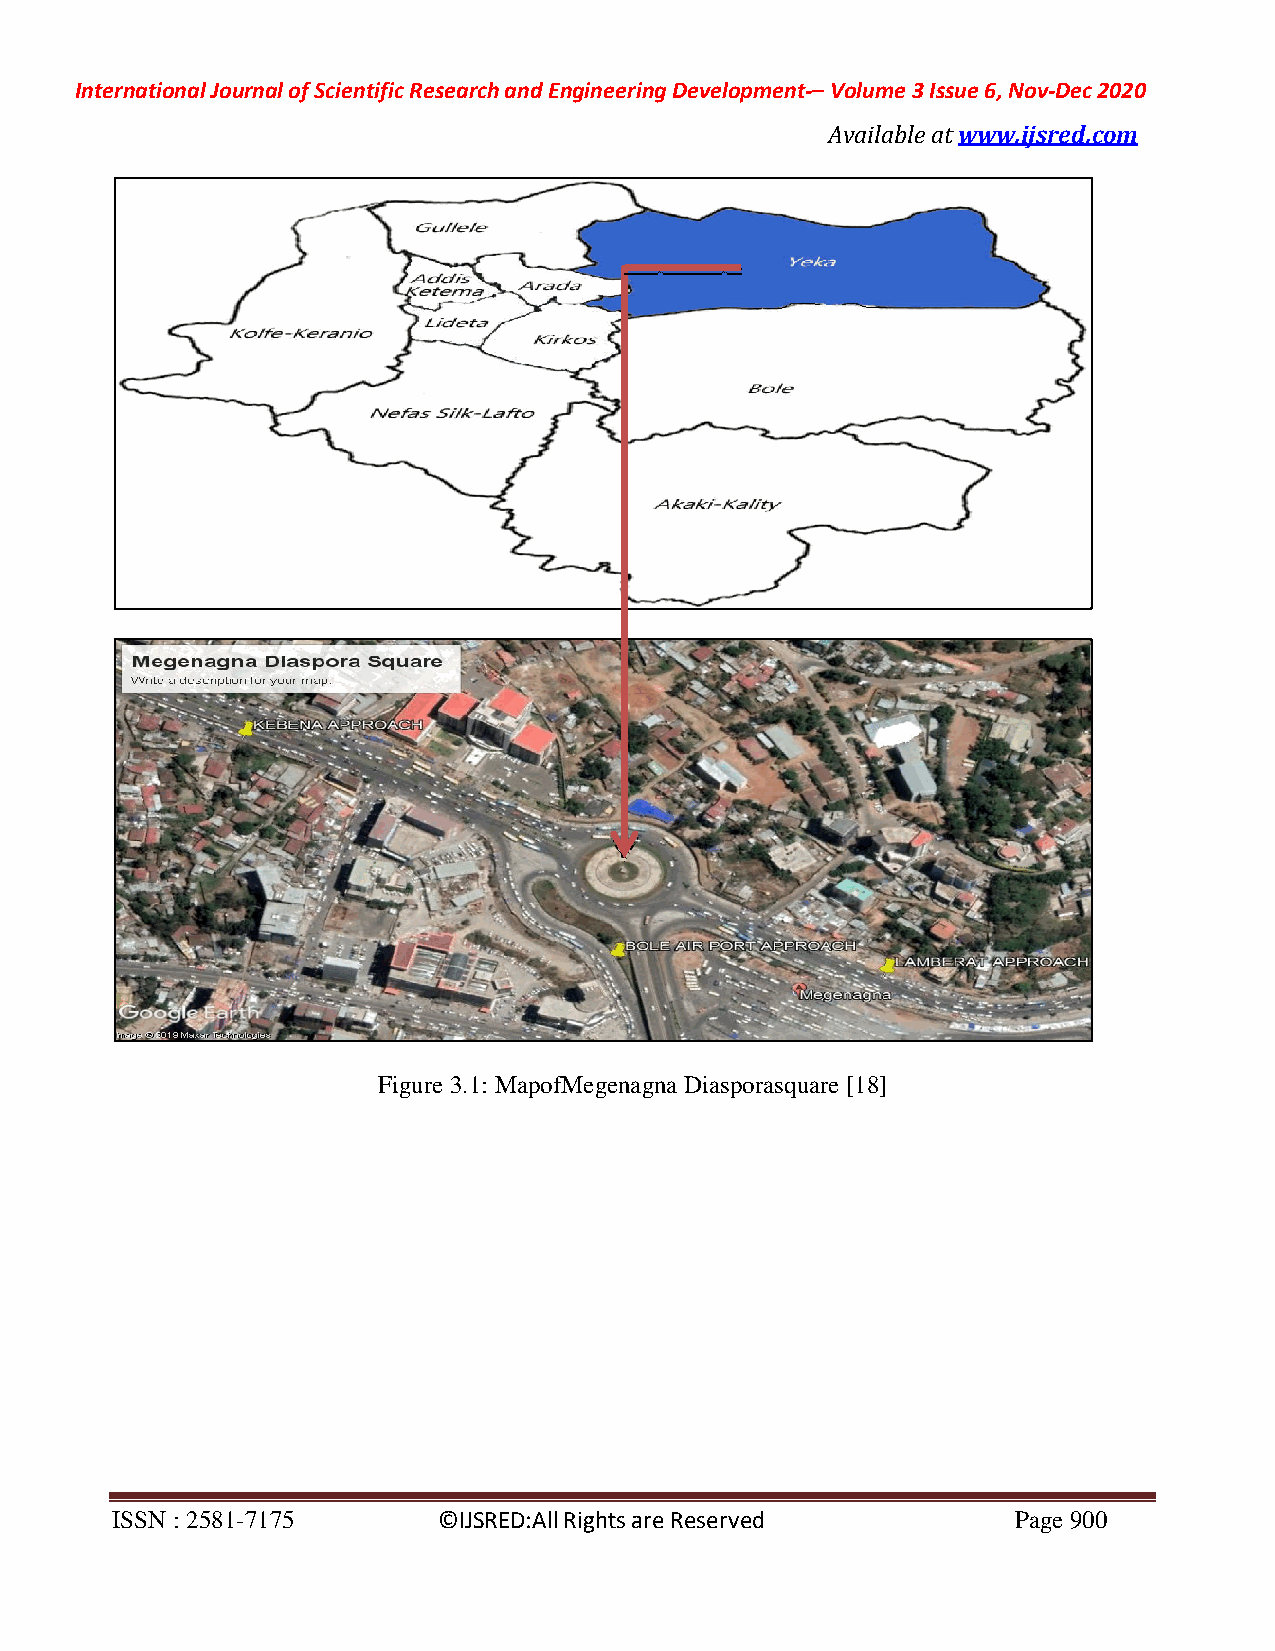
International Journal of Scientific Research and Engineering Development-– Volume 3 Issue 6, Nov-Dec 2020
 Available at www.ijsred.com
 Figure 3.1: MapofMegenagna Diasporasquare [18]
 ISSN : 2581-7175      ©IJSRED:All Rights are Reserved       Page 900